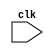
module WIR_NR_UASR (clk);
   input clk;
   wire wir_a;
   reg reg_a;
   always@(posedge clk)
   reg_a = wir_a;
endmodule